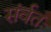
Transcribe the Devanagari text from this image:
संर्वतः